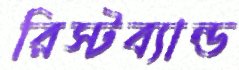
রিস্টব্যান্ড